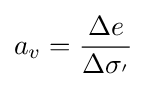
a_{v}={\frac {\Delta e}{\Delta \sigma _{'}}}